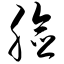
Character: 脸